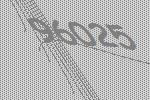
96025